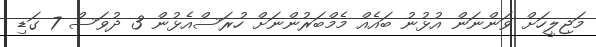
މަޖިލީހަށް ވަންނަން އުޅުނު ބައެއް މެމްބަރުންނަށް ހުރަސްއެޅުން 3 ދުވަސް 7 ގަޑި